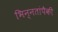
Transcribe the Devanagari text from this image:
भिन्नतांपैकी